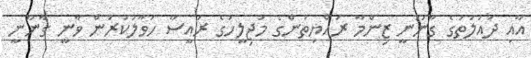
އާއި ދައުލަތުގެ ގާނޫނީ ޒިންމާ ރައްޔިތުންގެ މަޖިލީހުގެ ރައީސާ ހަވާލުކުރުން ވާނީ ގާނޫނީ